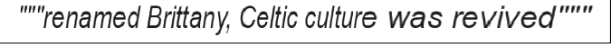
"""renamed Brittany, Celtic culture was revived"""